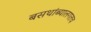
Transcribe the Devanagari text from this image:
बसथांब्यालगतच